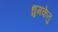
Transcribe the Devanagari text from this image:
धुमकेतु